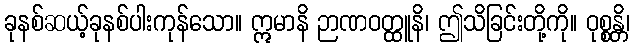
ခုနစ်ဆယ့်ခုနစ်ပါးကုန်သော။ ဣမာနိ ဉာဏဝတ္ထူနိ၊ ဤသိခြင်းတို့ကို။ ဝုစ္စန္တိ၊